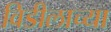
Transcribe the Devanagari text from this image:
विडीलाच्या